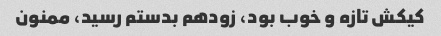
کیکش تازه و خوب بود، زودهم بدستم رسید، ممنون